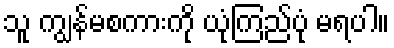
သူ ကျွန်မစကားကို ယုံကြည်ပုံ မရပါ။